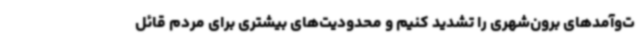
ت‌وآمدهای برون‌شهری را تشدید کنیم و محدودیت‌های بیشتری برای مردم قائل